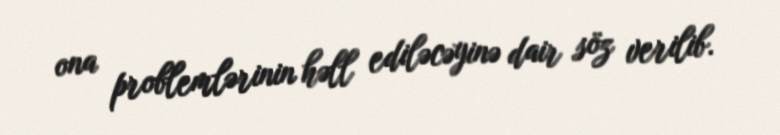
ona problemlərinin həll ediləcəyinə dair söz verilib.